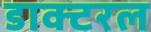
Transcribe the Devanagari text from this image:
डाक्टरल